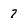
Character: 7